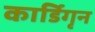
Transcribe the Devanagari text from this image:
कार्डिगृन